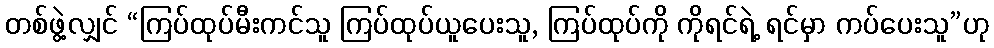
တစ်ဖွဲ့လျှင် “ကြပ်ထုပ်မီးကင်သူ ကြပ်ထုပ်ယူပေးသူ, ကြပ်ထုပ်ကို ကိုရင်ရဲ့ ရင်မှာ ကပ်ပေးသူ”ဟု